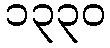
၁၃၃၀